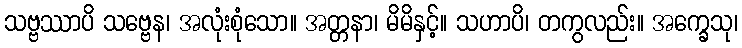
သဗ္ဗဿာပိ သဗ္ဗေန၊ အလုံးစုံသော။ အတ္တနာ၊ မိမိနှင့်။ သဟာပိ၊ တကွလည်း။ အက္ခေသု၊